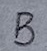
Text: B